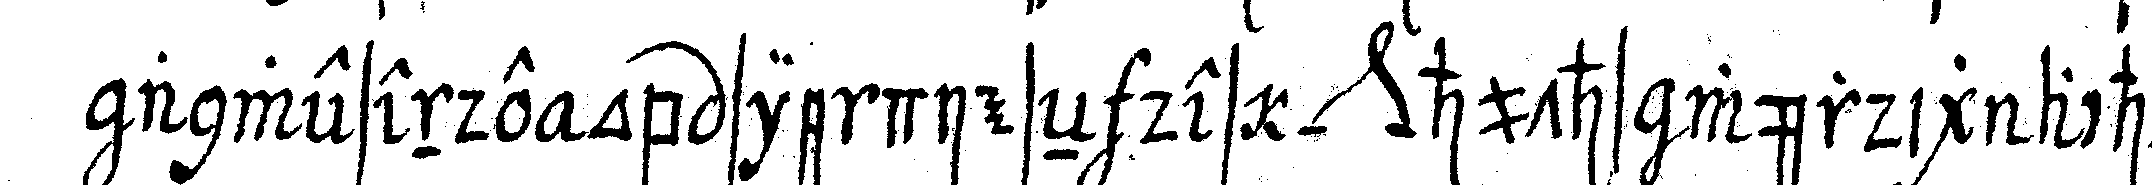
anwesende ob sie dieseN des *nee* huths würdig achteN